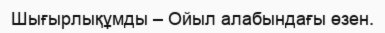
Шығырлықұмды – Ойыл алабындағы өзен.